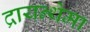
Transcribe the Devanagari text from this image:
द्रायन्थेमा